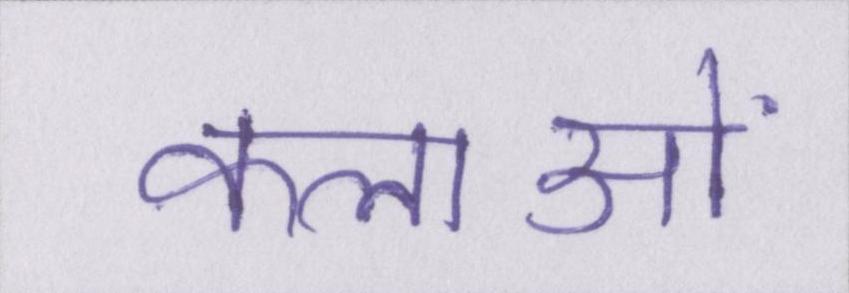
कलाओं